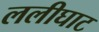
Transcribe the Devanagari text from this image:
ललीघाट